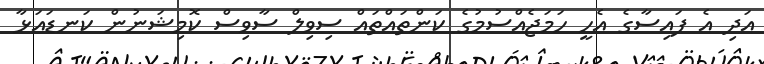
އަދި އެ ފައިސާގެ އެހީ ހަމަޖެއްސުމުގެ ކަންތައްތައް ސިވިލް ސާވިސް ކޮމިޝަނުން ކަނޑައަޅާ